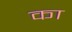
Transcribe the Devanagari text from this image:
का